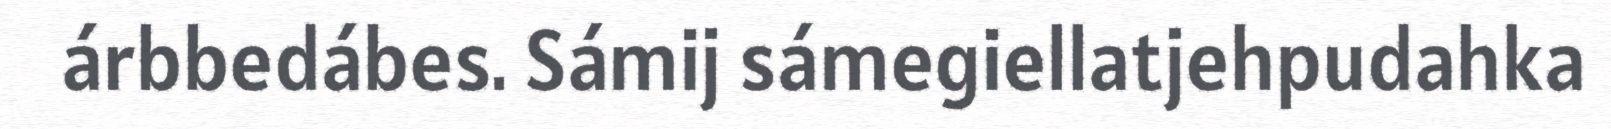
árbbedábes. Sámij sámegiellatjehpudahka